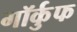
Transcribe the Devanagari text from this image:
गॉर्कुफ